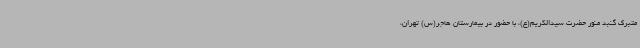
متبرک گنبد منور حضرت سیدالکریم(ع)، با حضور در بیمارستان هاجر(س) تهران،